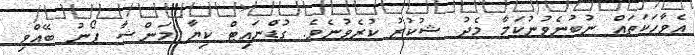
އެވާހަކަތައް ނުބުނެވުނުކަމާ މެދު ޝުކުރު ކުރެވުނެވެ. ގުޑްނައިޓް ކިޔާ މަންޝާ ފޯނު ބޭއްވި